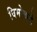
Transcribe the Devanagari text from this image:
विमोचने